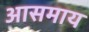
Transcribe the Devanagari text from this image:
आसमाय